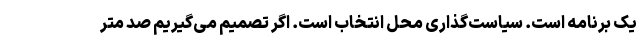
یک برنامه است. سیاست‌گذاری محل انتخاب است. اگر تصمیم می‌گیریم صد متر